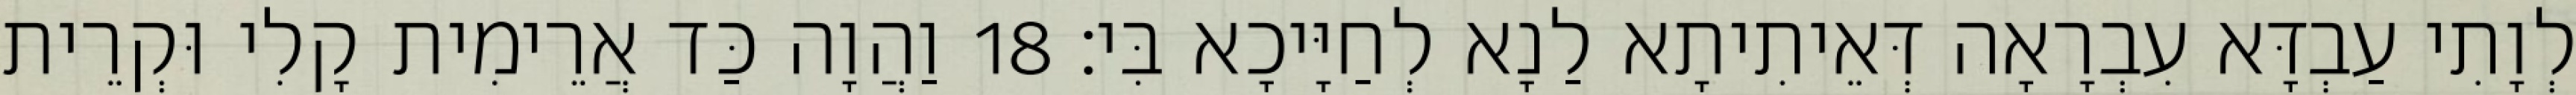
לְוָתִי עַבְדָּא עִבְרָאָה דְּאֵיתִיתָא לַנָא לְחַיָּיכָא בִּי׃ 18 וַהֲוָה כַּד אֲרֵימִית קָלִי וּקְרֵית